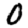
Digit: 0